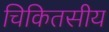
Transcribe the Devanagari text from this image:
चिकितसीय